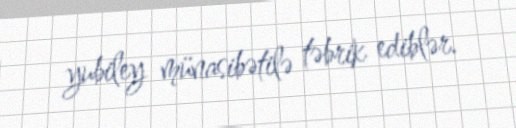
yubiley münasibətilə təbrik ediblər.